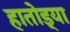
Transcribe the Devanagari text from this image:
हातोड्या